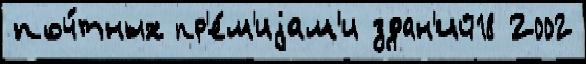
поч́тных пр'е́м'иjам'и здан'ий18 2002